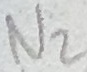
Text: N2